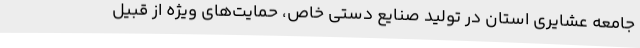
جامعه عشایری استان در تولید صنایع دستی خاص، حمایت‌های ویژه از قبیل